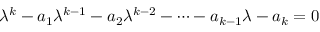
\lambda ^ { k } - a _ { 1 } \lambda ^ { k - 1 } - a _ { 2 } \lambda ^ { k - 2 } - \cdots - a _ { k - 1 } \lambda - a _ { k } = 0